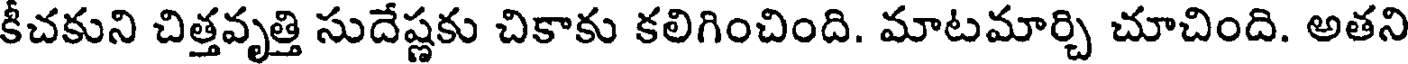
కీచకుని చిత్తవృత్తి సుదేష్ణకు చికాకు కలిగించింది. మాటమార్చి చూచింది. అతని